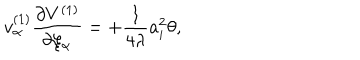
v _ { \alpha } ^ { ( 1 ) } \frac { \partial V ^ { ( 1 ) } } { \partial \xi _ { \alpha } } = + \frac { 1 } { 4 \lambda } a _ { i } ^ { 2 } \theta ,